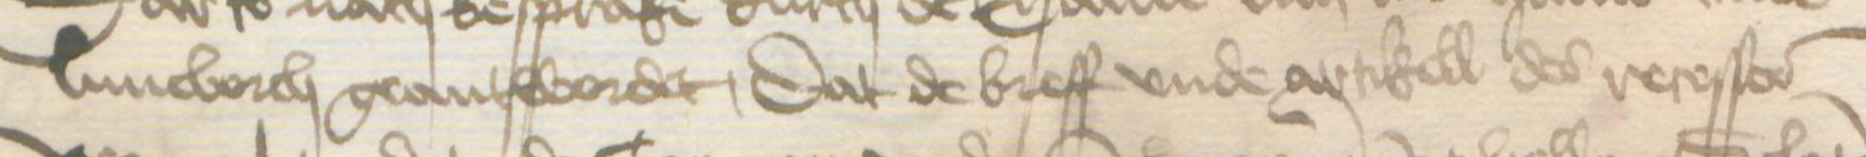
Luneborch geantwordet, dat de breff vnde artikell des resesses